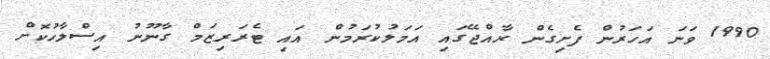
1990 ވަނަ އަހަރުން ފެށިގެން ރާއްޖޭގައި އަމަލުކުރަމުން އައި ޓެރަރިޒަމް ގާނޫނު އިސްލާހުކޮށް